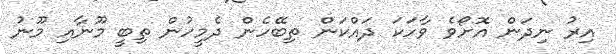
އިރު ނިދަން އޮށޯވެ ވާހަކަ ދައްކަން ތިބޭހެން ދެމީހުން ތިބީ މޫނާއި މޫނު